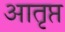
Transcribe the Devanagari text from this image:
आतृप्त